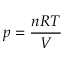
p = { \frac { n R T } { V } }